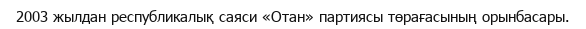
2003 жылдан республикалық саяси «Отан» партиясы төрағасының орынбасары.